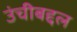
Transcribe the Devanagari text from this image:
उंचीबद्दल